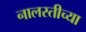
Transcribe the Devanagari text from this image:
नालस्तीच्या